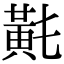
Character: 𪎴